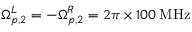
\Omega _ { p , 2 } ^ { L } = - \Omega _ { p , 2 } ^ { R } = 2 \pi \times 1 0 0 \: \mathrm { M H z }